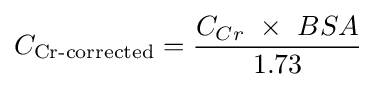
C_{\text{Cr-corrected}}={\frac {{C_{Cr}}\ \times \ {BSA}}{\mathrm {1.73} }}